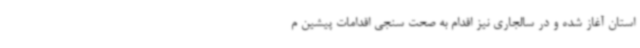
استان آغاز شده و در سالجاری نیز اقدام به صحت سنجی اقدامات پیشین م